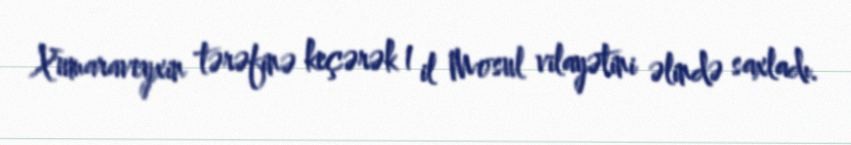
Xumaraveyxin tərəfinə keçərək 1 il Mosul vilayətini əlində saxladı.